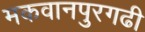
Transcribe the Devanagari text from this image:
मकवानपुरगढी